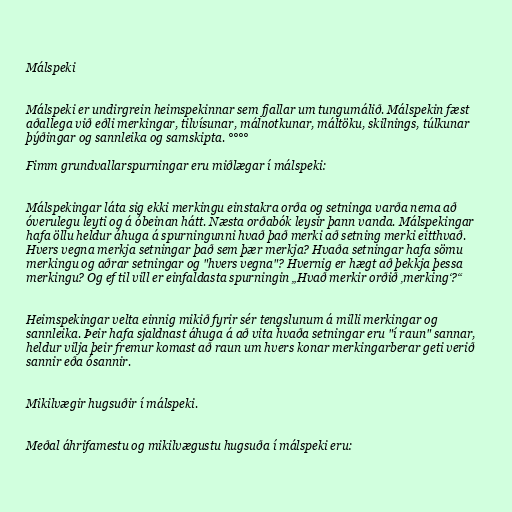
Málspeki

Málspeki er undirgrein heimspekinnar sem fjallar um tungumálið. Málspekin fæst
aðallega við eðli merkingar, tilvísunar, málnotkunar, máltöku, skilnings, túlkunar
þýðingar og sannleika og samskipta. °°°°

Fimm grundvallarspurningar eru miðlægar í málspeki:

Málspekingar láta sig ekki merkingu einstakra orða og setninga varða nema að
óverulegu leyti og á óbeinan hátt. Næsta orðabók leysir þann vanda. Málspekingar
hafa öllu heldur áhuga á spurningunni hvað það merki að setning merki eitthvað.
Hvers vegna merkja setningar það sem þær merkja? Hvaða setningar hafa sömu
merkingu og aðrar setningar og "hvers vegna"? Hvernig er hægt að þekkja þessa
merkingu? Og ef til vill er einfaldasta spurningin „Hvað merkir orðið ‚merking‘?“

Heimspekingar velta einnig mikið fyrir sér tengslunum á milli merkingar og
sannleika. Þeir hafa sjaldnast áhuga á að vita hvaða setningar eru "í raun" sannar,
heldur vilja þeir fremur komast að raun um hvers konar merkingarberar geti verið
sannir eða ósannir.

Mikilvægir hugsuðir í málspeki.

Meðal áhrifamestu og mikilvægustu hugsuða í málspeki eru: